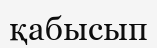
қабысып